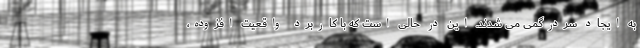
به ایجاد سردرگمی می شدند. این در حالی است که با کاربرد واقعیت افزوده،